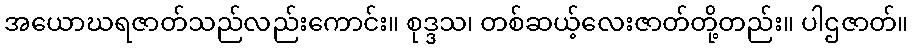
အယောဃရဇာတ်သည်လည်းကောင်း။ စုဒ္ဒသ၊ တစ်ဆယ့်လေးဇာတ်တို့တည်း။ ပါဌဇာတ်။